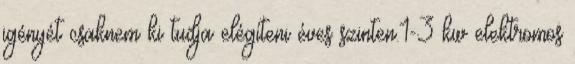
igényét csaknem ki tudja elégíteni éves szinten.1-3 kw elektromos